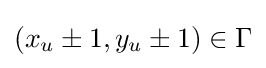
(x_{u}\pm 1,y_{u}\pm 1)\in \Gamma